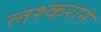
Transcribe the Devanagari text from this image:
लश्कराने